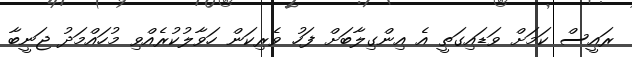
ރައީސް ކަމަށް ވަޑައިގަތީ އެ އިންގިލާބަށް ފަހު ވެރިކަން ހަވާލުކުރެއްވި މުހައްމަދު ޖަނީބާ